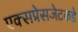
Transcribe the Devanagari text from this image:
एक्सप्रेसजेटकडे